Annual administration report of the Civil Veterinary Department of India - 1904-1905
Year: 1904
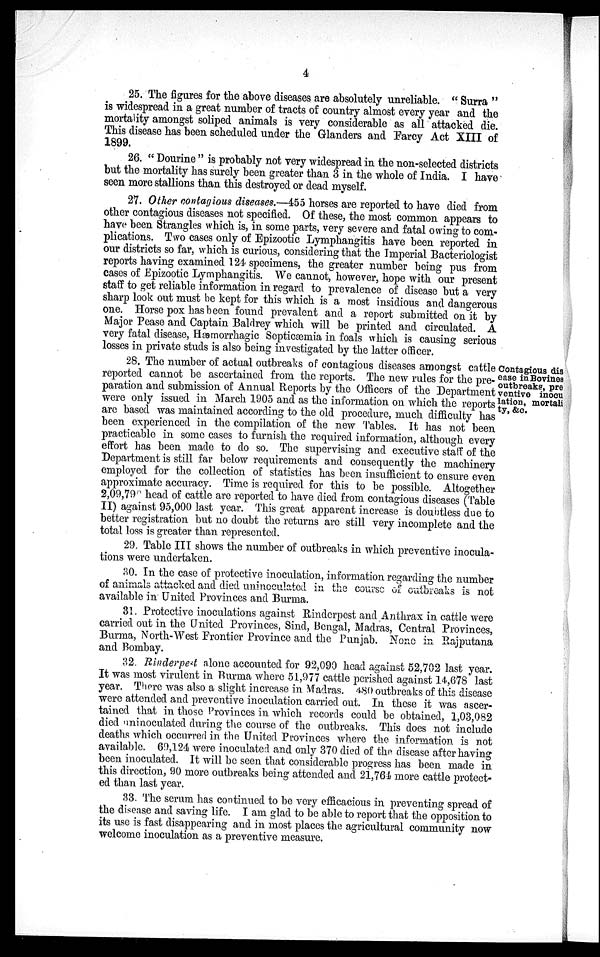
4
25. The figures for the above diseases are absolutely unreliable. " Surra "
is widespread in a great number of tracts of country almost every year and the
mortality amongst soliped animals is very considerable as all attacked die.
This disease has been scheduled under the Glanders and Farcy Act XIII of
1899.
26. " Dourine " is probably not very widespread in the non-selected districts
but the mortality has surely been greater than 3 in the whole of India. I have
seen more stallions than this destroyed or dead myself.
27. Other contagious diseases.—455 horses are reported to have died from
other contagious diseases not specified. Of these, the most common appears to
have been Strangles which is, in some parts, very severe and fatal owing to com-
plications. Two cases only of Epizootic Lymphangitis have been reported in
our districts so far, which is curious, considering that the Imperial Bacteriologist
reports having examined 124 specimens, the greater number being pus from
cases of Epizootic Lymphangitis. We cannot, however, hope with our present
staff to get reliable information in regard to prevalence of disease but a very
sharp look out must be kept for this which is a most insidious and dangerous
one. Horse pox has been found prevalent and a report submitted on it by
Major Pease and Captain Baldrey which will be printed and circulated. A
very fatal disease, Hæmorrhagic Septicæmia in foals which is causing serious
losses in private studs is also being investigated by the latter officer.
Contagious dis
ease in Bovines
outbreaks, pre
ventive inocu
lation, mortali
ty, &c.
28. The number of actual outbreaks of contagious diseases amongst cattle
reported cannot be ascertained from the reports. The new rules for the pre-
paration and submission of Annual Reports by the Officers of the Department
were only issued in March 1905 and as the information on which the reports
are based was maintained according to the old procedure, much difficulty has
been experienced in the compilation of the new Tables. It has not been
practicable in some cases to furnish the required information, although every
effort has been made to do so. The supervising and executive staff of the
Department is still far below requirements and consequently the machinery
employed for the collection of statistics has been insufficient to ensure even
approximate accuracy. Time is required for this to be possible. Altogether
2,09,799 head of cattle are reported to have died from contagious diseases (Table
II) against 95,000 last year. This great apparent increase is doubtless due to
better registration but no doubt the returns are still very incomplete and the
total loss is greater than represented.
29. Table III shows the number of outbreaks in which preventive inocula-
tions were undertaken.
30. In the case of protective inoculation, information regarding the number
of animals attacked and died uninoculated in the course of outbreaks is not
available in United Provinces and Burma.
31. Protective inoculations against Rinderpest and Anthrax in cattle were
carried out in the United Provinces, Sind, Bengal, Madras, Central Provinces,
Burma, North-West Frontier Province and the Punjab. None in Rajputana
and Bombay.
32. Rinderpest alone accounted for 92,090 head against 52,702 last year.
It was most virulent in Burma where 51,977 cattle perished against 14,678 last
year. There was also a slight increase in Madras. 480 outbreaks of this disease
were attended and preventive inoculation carried out. In these it was ascer-
tained that in those Provinces in which records could be obtained, 1,03,082
died uninoculated during the course of the outbreaks. This does not include
deaths which occurred in the United Provinces where the information is not
available. 69,124 were inoculated and only 370 died of the disease after having
been inoculated. It will be seen that considerable progress has been made in
this direction, 90 more outbreaks being attended and 21,764 more cattle protect-
ed than last year.
33. The serum has continued to be very efficacious in preventing spread of
the disease and saving life. I am glad to be able to report that the opposition to
its use is fast disappearing and in most places the agricultural community now
welcome inoculation as a preventive measure.